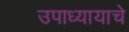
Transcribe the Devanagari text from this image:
उपाध्यायाचे